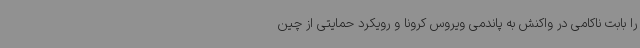
را بابت ناکامی در واکنش به پاندمی ویروس کرونا و رویکرد حمایتی از چین